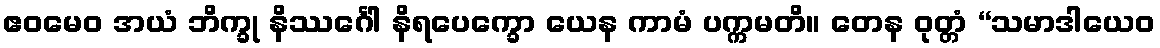
ဧဝမေဝ အယံ ဘိက္ခု နိဿင်္ဂေါ နိရပေက္ခော ယေန ကာမံ ပက္ကမတိ။ တေန ဝုတ္တံ “သမာဒါယေဝ